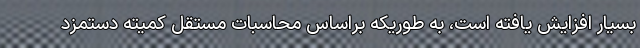
بسیار افزایش یافته است، به طوریکه براساس محاسبات مستقل کمیته دستمزد